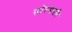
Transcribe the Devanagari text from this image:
सोरमाली